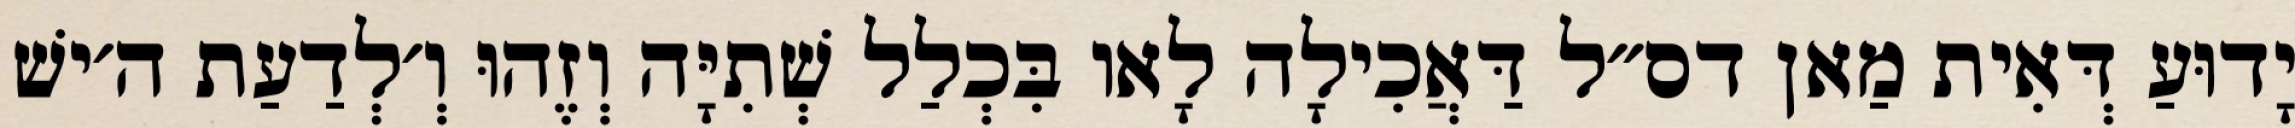
יָדוּעַ דְּאִית מַאן דס״ל דַּאֲכִילָה לָאו בִּכְלַל שְׁתִיָּה וְזֶהוּ וְ׳לְדַעַת ה׳ישׁ